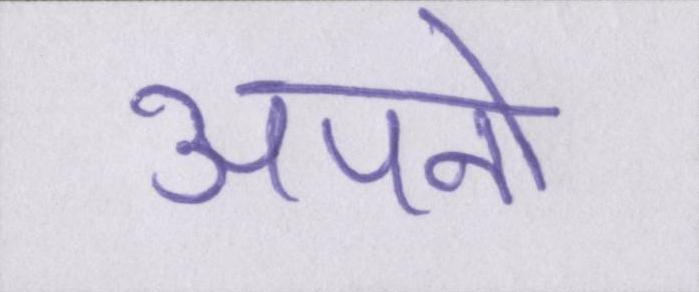
अपनो